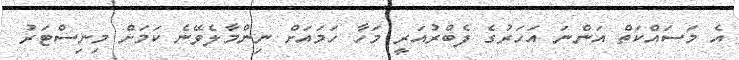
އެ މަސައްކަތް އަންނަ އަހަރުގެ ފެބްރުއަރީ މަހާ ހަމައަށް ނިންމާލެވޭނެ ކަމަށް މިނިސްޓަރު